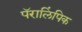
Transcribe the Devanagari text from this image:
पॅरालिंपिक